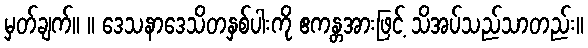
မှတ်ချက်။ ။ ဒေသနာဒေသိတနှစ်ပါးကို ဧကန္တအားဖြင့် သိအပ်သည်သာတည်း။